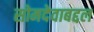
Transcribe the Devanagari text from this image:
सोमदेवाबद्दल